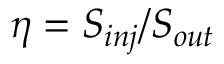
\eta = S _ { i n j } / S _ { o u t }